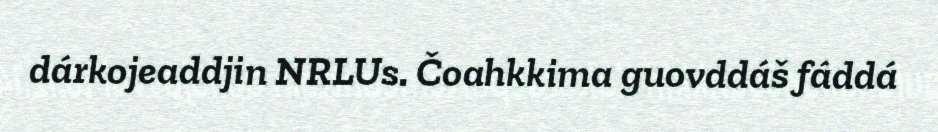
dárkojeaddjin NRLUs. Čoahkkima guovddáš fáddá